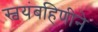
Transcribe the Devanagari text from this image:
स्वयंबहिणीने